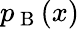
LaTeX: p_{\mathrm{~B~}}(x)